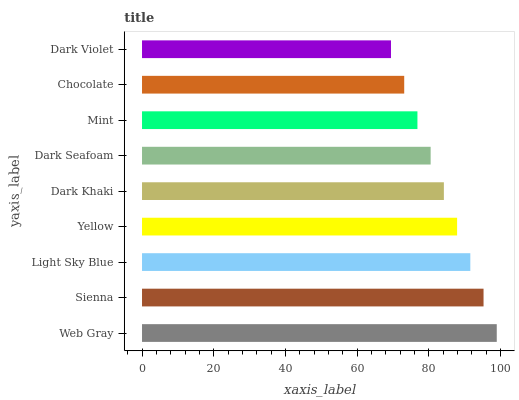
| yaxis_label | bars |
 | --- | --- |
 | Web Gray | 99 |
 | Sienna | 95.3 |
 | Light Sky Blue | 91.6 |
 | Yellow | 87.9 |
 | Dark Khaki | 84.2 |
 | Dark Seafoam | 80.6 |
 | Mint | 76.9 |
 | Chocolate | 73.2 |
 | Dark Violet | 69.5 |